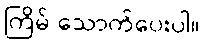
ကြိမ် သောက်ပေးပါ။